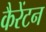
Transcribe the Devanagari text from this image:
कैरेंटन